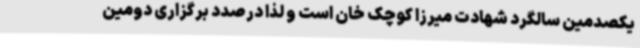
یکصدمین سالگرد شهادت میرزا کوچک خان است و لذا درصدد برگزاری دومین